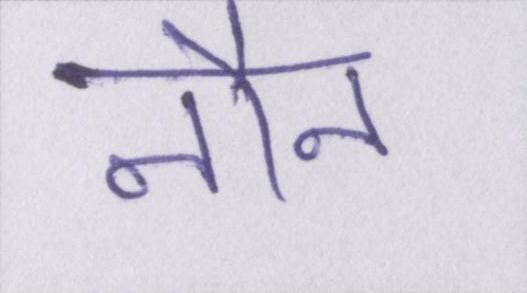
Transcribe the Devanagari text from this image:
नौन